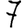
Digit: 7